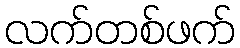
လက်တစ်ဖက်